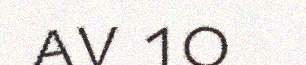
av 10